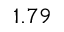
1 . 7 9